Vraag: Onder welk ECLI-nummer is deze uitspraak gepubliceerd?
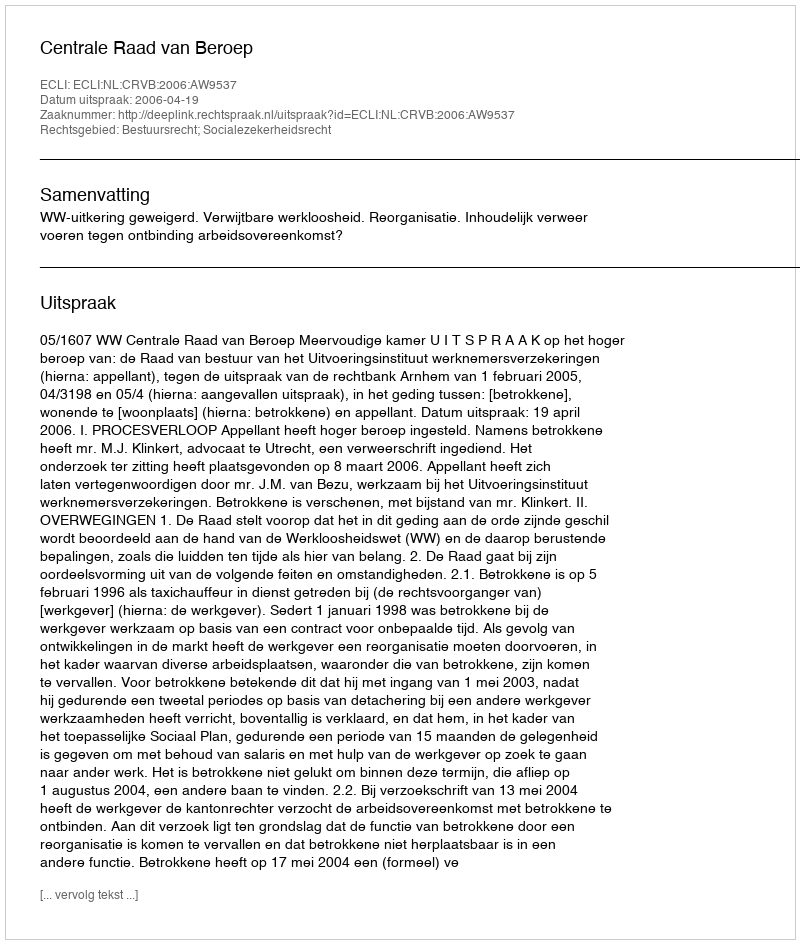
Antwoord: ECLI:NL:CRVB:2006:AW9537